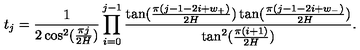
t _ { j } = \frac { 1 } { 2 \cos ^ { 2 } ( \frac { \pi j } { 2 H } ) } \prod _ { i = 0 } ^ { j - 1 } \frac { \tan ( \frac { \pi ( j - 1 - 2 i + w _ { + } ) } { 2 H } ) \tan ( \frac { \pi ( j - 1 - 2 i + w _ { - } ) } { 2 H } ) } { \tan ^ { 2 } ( \frac { \pi ( i + 1 ) } { 2 H } ) } .